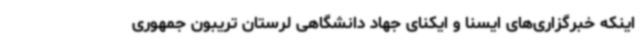
اینکه خبرگزاری‌های ایسنا و ایکنای جهاد دانشگاهی لرستان تریبون جمهوری